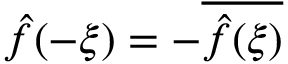
{ \hat { f } } ( - \xi ) = - { \overline { { { \hat { f } } ( \xi ) } } }